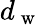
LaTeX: d_{\mathrm{~w~}}